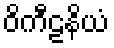
ဝိကီဠနိယံ